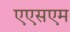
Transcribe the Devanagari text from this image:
एएसएम